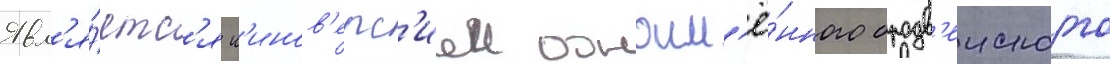
Явл'я́етс'я к'инов'ерс'иеи одноим'ё́нного бродв'еиского